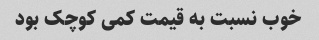
خوب نسبت به قیمت کمی کوچک بود